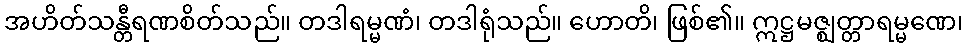
အဟိတ်သန္တီရဏစိတ်သည်။ တဒါရမ္မဏံ၊ တဒါရုံသည်။ ဟောတိ၊ ဖြစ်၏။ ဣဋ္ဌမဇ္ဈတ္တာရမ္မဏေ၊